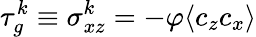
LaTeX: \tau_{g}^{k}\equiv\sigma_{xz}^{k}=-\varphi\langle c_{z}c_{x}\rangle